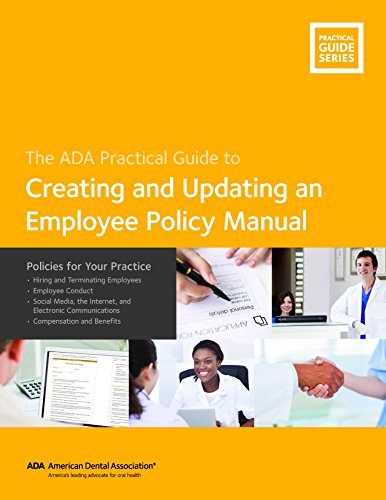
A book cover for The ADA Practical Guide to Creating and Updating an Employee Policy Manual: Policies for Your Practice; American Dental Association; Medical Books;